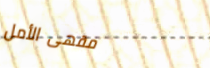
مقهى الأمل